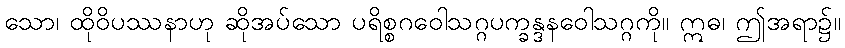
သော၊ ထိုဝိပဿနာဟု ဆိုအပ်သော ပရိစ္စဂဝေါသဂ္ဂပက္ခန္ဒနဝေါသဂ္ဂကို။ ဣဓ၊ ဤအရာ၌။